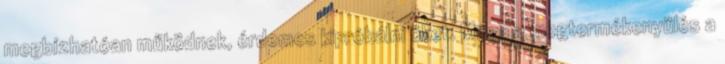
megbízhatóan működnek, érdemes kipróbálni őket. Maga a megtermékenyülés a